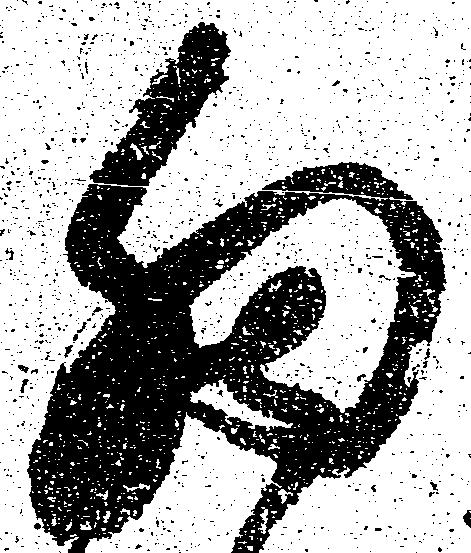
細